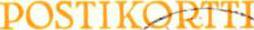
POSTIKORTTI